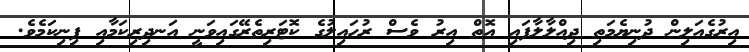
އިރުގެއަލިން ދުނިޔެމަތި ދިއްލާލާފައި އޮތް އިރު ވެސް ރުހައިލުގެ ކޮޓަރިތެރޭގައިވަނީ އަނދިރިކަމާއި ފިނިކަމެވެ.